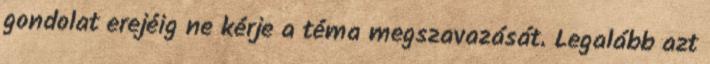
gondolat erejéig ne kérje a téma megszavazását. Legalább azt